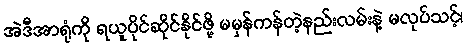
အဲဒီအာရုံကို ရယူပိုင်ဆိုင်နိုင်ဖို့ မမှန်ကန်တဲ့နည်းလမ်းနဲ့ မလုပ်သင့်၊